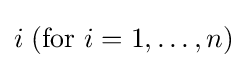
i\;({\text{for }}i=1,\dots ,n)